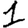
Digit: 1